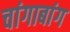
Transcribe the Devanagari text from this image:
चांगाबांग